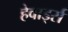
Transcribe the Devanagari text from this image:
हेवार्ड्स